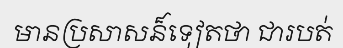
មានប្រសាសន៏ទៀតថា ជារបត់